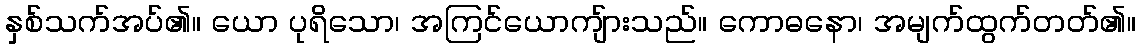
နှစ်သက်အပ်၏။ ယော ပုရိသော၊ အကြင်ယောကျ်ားသည်။ ကောဓနော၊ အမျက်ထွက်တတ်၏။